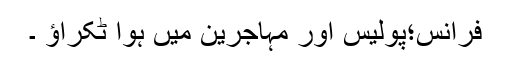
فرانس؛پولیس اور مہاجرین میں ہوا ٹکراؤ ۔